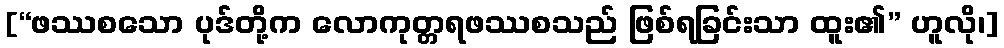
[“ဖဿစသော ပုဒ်တို့က လောကုတ္တရဖဿစသည် ဖြစ်ရခြင်းသာ ထူး၏” ဟူလို၊]